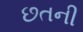
છતની